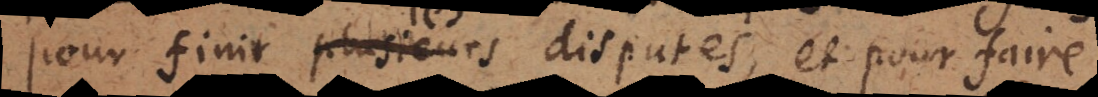
. finir plusieurs disputes, et pour faire